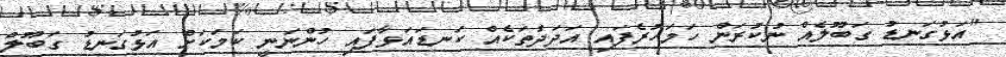
"އަޅުގަނޑު ގަބޫލެއް ނުކުރަން ހަމަހުރެފައި އަދަދުތަކެއް ކަނޑައަޅާފައި ހުންނަނީ ކަމަކަށް އަޅުގަނޑު ގަބޫލް